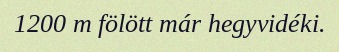
1200 m fölött már hegyvidéki.